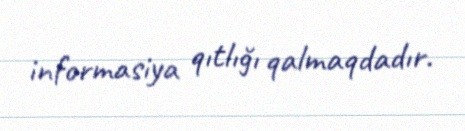
informasiya qıtlığı qalmaqdadır.